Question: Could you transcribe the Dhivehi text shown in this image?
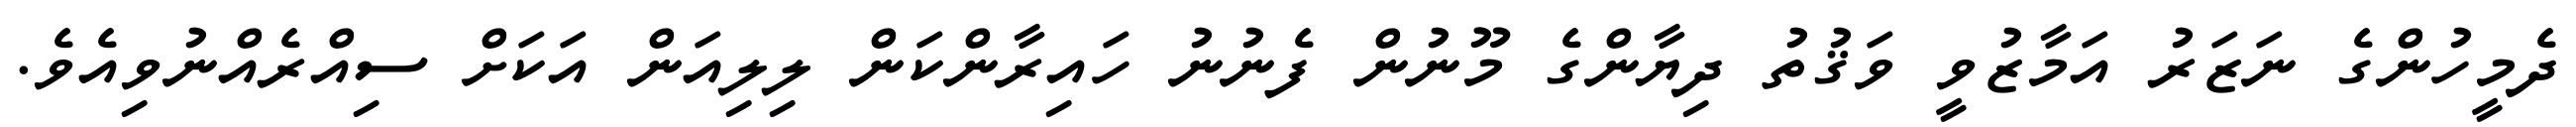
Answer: ދެމީހުންގެ ނަޒަރު އަމާޒުވީ ވަޤުތު ދިޔާންގެ މޫނުން ފެނުނު ހައިރާންކަން ލިލިއަން އަކަށް ސިއްރެއްނުވިއެވެ.